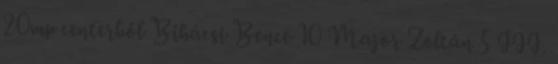
20mp centerből Bihácsi Bence 10 Major Zoltán 5 III.